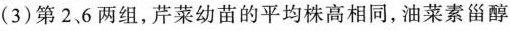
(3)第2、6两组，芹菜幼苗的平均株高相同，油菜素甾醇